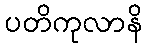
ပတိကုလာနိ